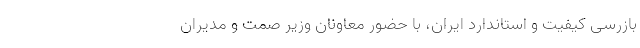
بازرسی کیفیت و استاندارد ایران، با حضور معاونان وزیر صمت و مدیران